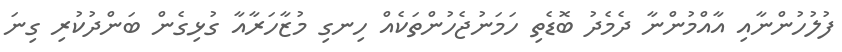
ފުލުހުންނާއި އާއްމުންނާ ދެމެދު ބޮޑެތި ހަމަނުޖެހުންތަކެއް ހިނގި މުޒާހަރާއާ ގުޅިގެން ބަންދުކުރި ގިނަ